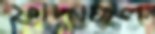
ফাঁদছিল